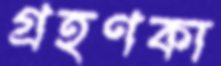
গ্রহণকা